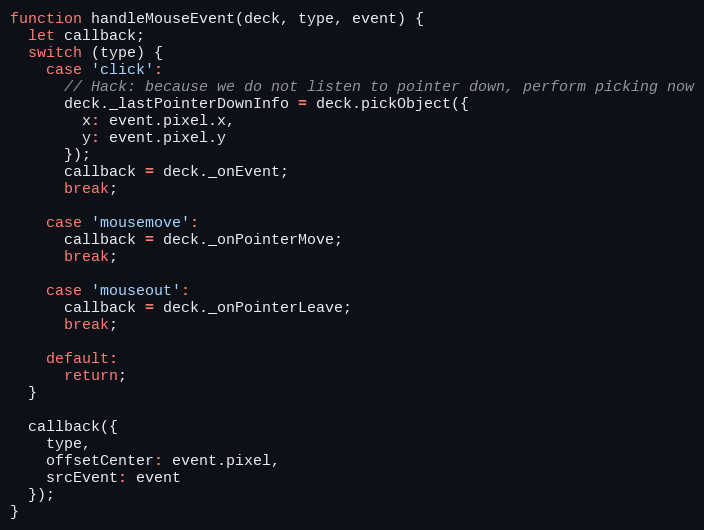
Language: JavaScript
function handleMouseEvent(deck, type, event) {
  let callback;
  switch (type) {
    case 'click':
      // Hack: because we do not listen to pointer down, perform picking now
      deck._lastPointerDownInfo = deck.pickObject({
        x: event.pixel.x,
        y: event.pixel.y
      });
      callback = deck._onEvent;
      break;

    case 'mousemove':
      callback = deck._onPointerMove;
      break;

    case 'mouseout':
      callback = deck._onPointerLeave;
      break;

    default:
      return;
  }

  callback({
    type,
    offsetCenter: event.pixel,
    srcEvent: event
  });
}